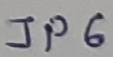
Text: JP6